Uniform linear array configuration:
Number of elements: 16
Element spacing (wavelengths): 0.75
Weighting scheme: uniform
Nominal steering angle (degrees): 30
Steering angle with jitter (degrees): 29.538
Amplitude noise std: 0.05
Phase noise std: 0.05

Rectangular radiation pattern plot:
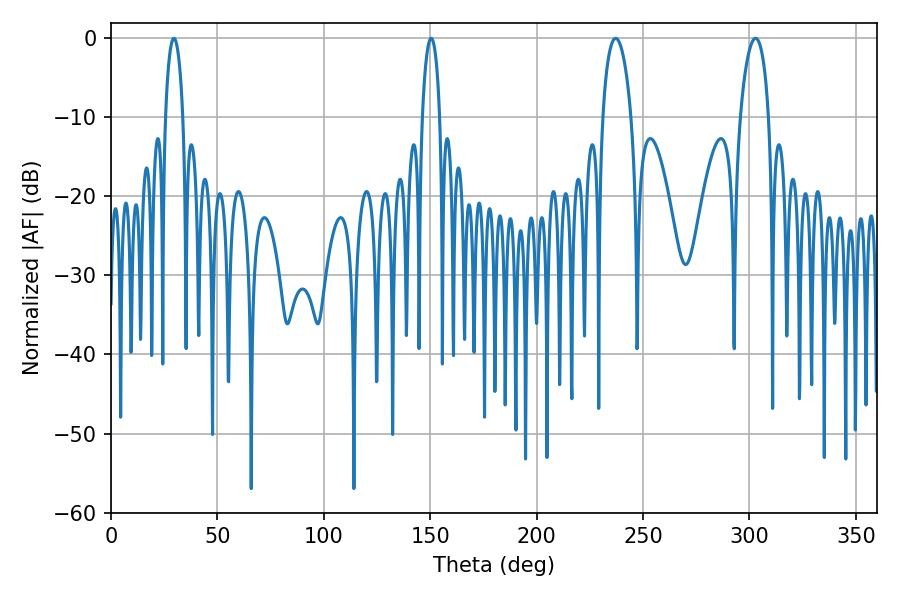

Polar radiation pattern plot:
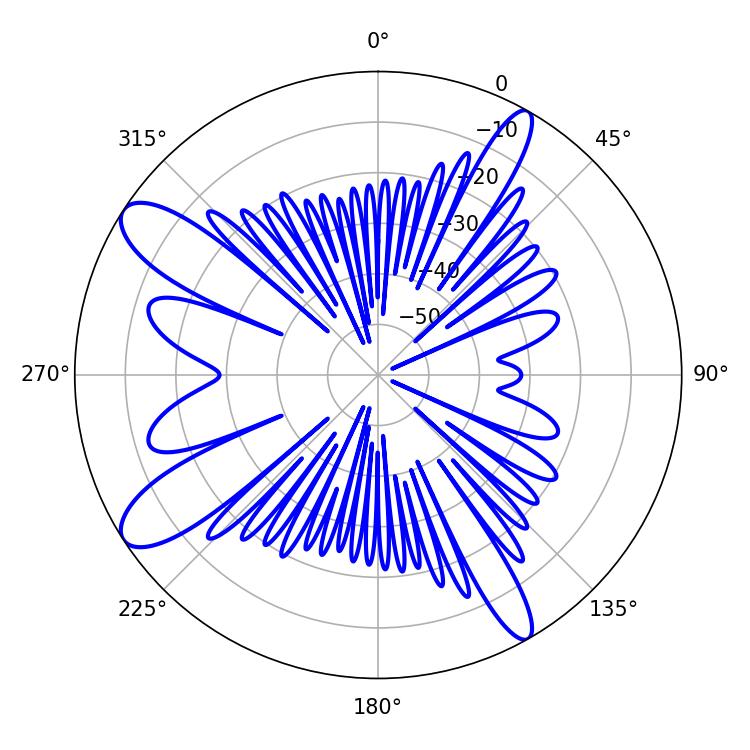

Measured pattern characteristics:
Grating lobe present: TRUE
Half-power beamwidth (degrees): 7.74
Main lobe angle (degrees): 237.06